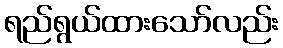
ရည်ရွယ်ထားသော်လည်း